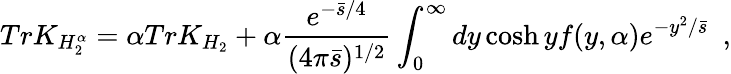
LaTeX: TrK_{H_{2}^{\alpha}}=\alpha TrK_{H_{2}}+\alpha{\frac{e^{-{\bar{s}/4}}}{(4\pi\bar{s})^{1/2}}}\int_{0}^{\infty}dy\cosh yf(y,\alpha)e^{-{y^{2}/\bar{s}}}~~,